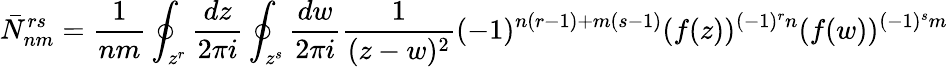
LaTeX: \bar{N}_{nm}^{rs}=\frac{1}{nm}\oint_{z^{r}}\frac{dz}{2\pi i}\oint_{z^{s}}\frac{dw}{2\pi i}\frac{1}{(z-w)^{2}}(-1)^{n(r-1)+m(s-1)}(f(z))^{(-1)^{r}n}(f(w))^{(-1)^{s}m}